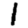
Digit: 1